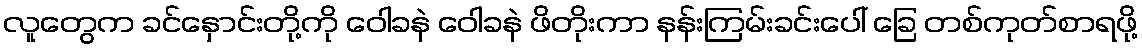
လူတွေက ခင်နှောင်းတို့ကို ဝေါခနဲ ဝေါခနဲ ဖိတိုးကာ နန်းကြမ်းခင်းပေါ် ခြေ တစ်ကုတ်စာရဖို့